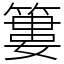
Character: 簍